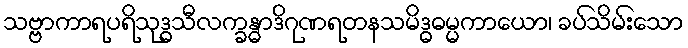
သဗ္ဗာကာရပရိသုဒ္ဓသီလက္ခန္ဓာဒိဂုဏရတနသမိဒ္ဓဓမ္မကာယော၊ ခပ်သိမ်းသော